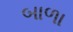
બાળા